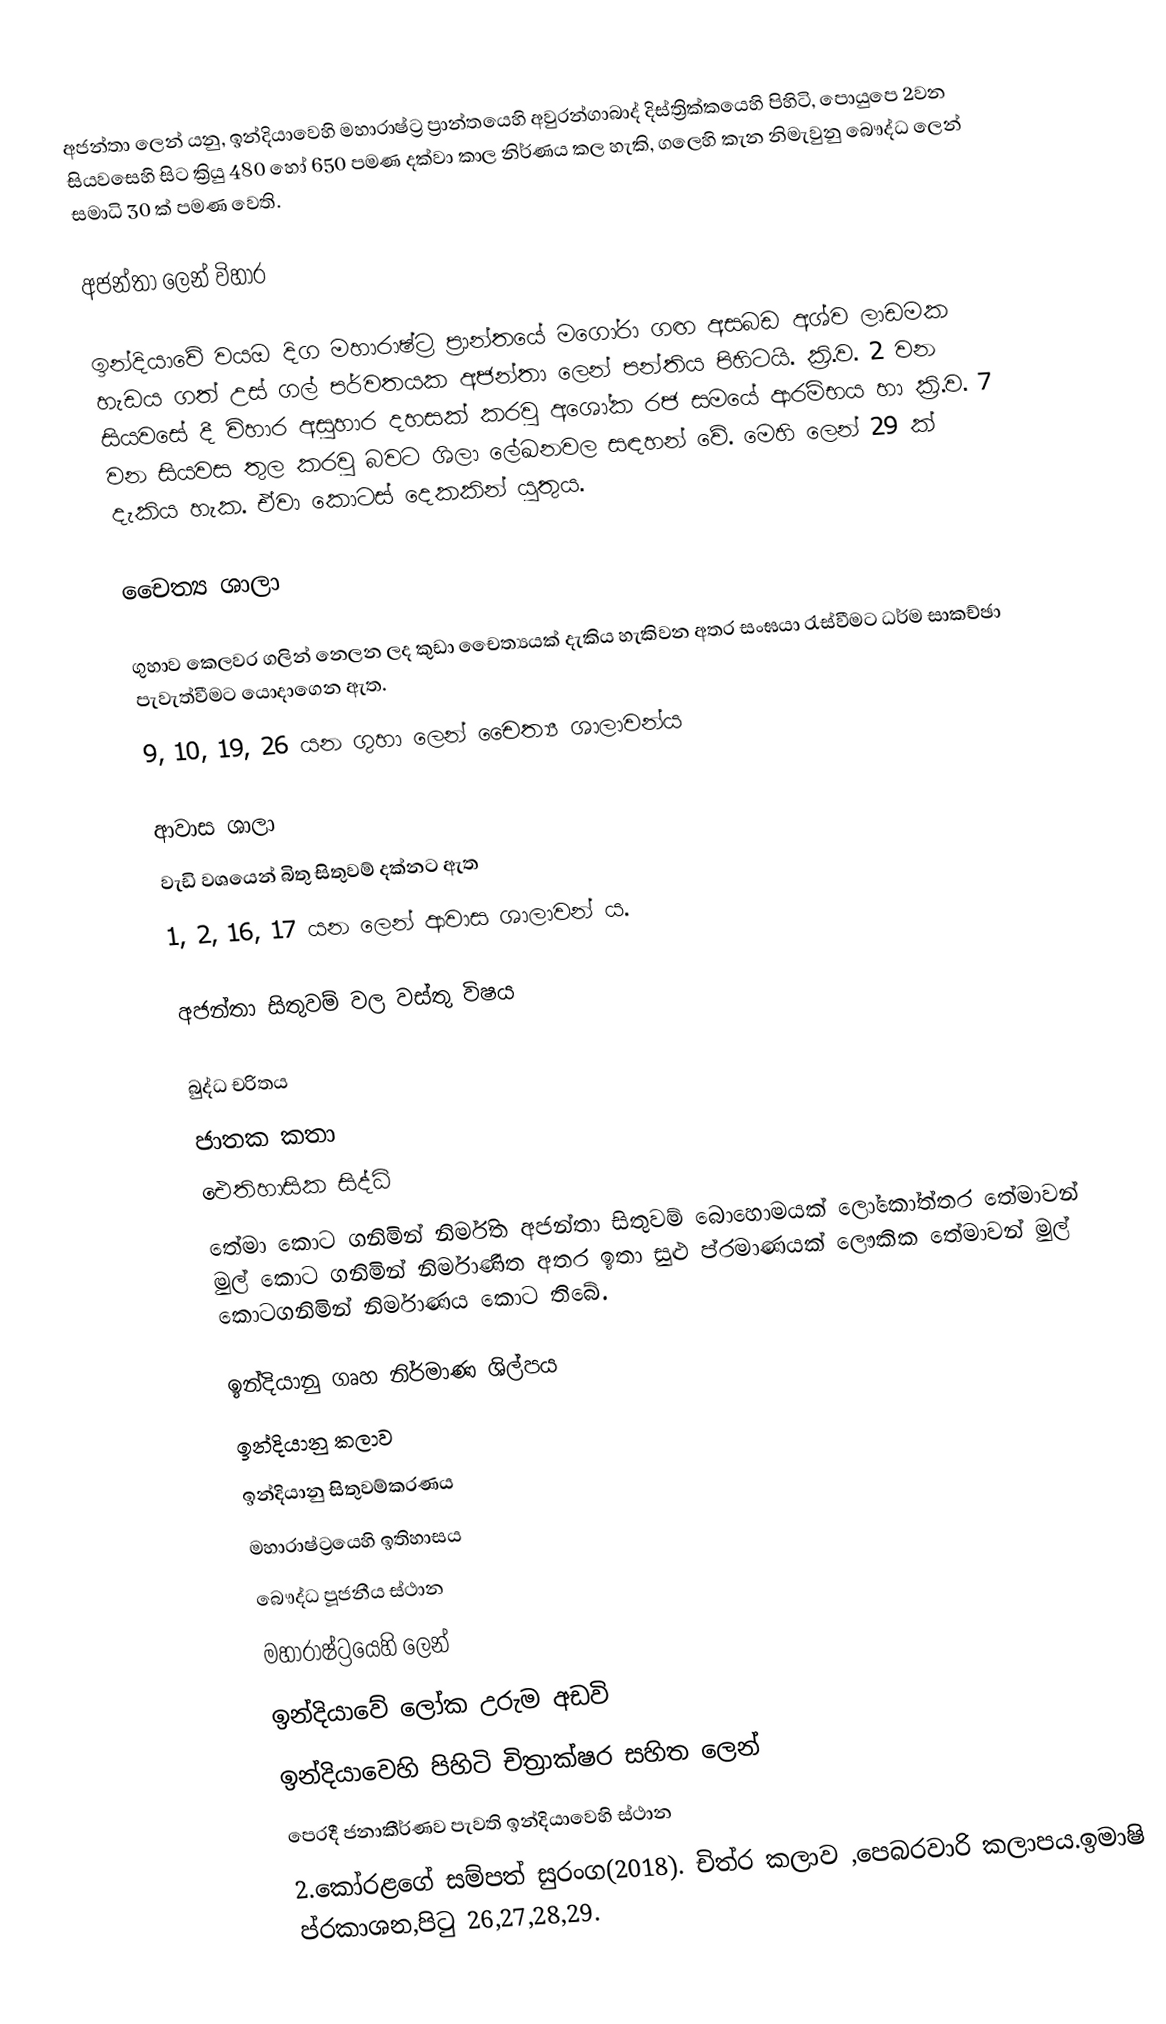
අජන්තා ලෙන් යනු,  ඉන්දියාවෙහි මහාරාෂ්ට්‍ර ප්‍රාන්තයෙහි  අවුරන්ගාබාද් දිස්ත්‍රික්කයෙහි පිහිටි,  පොයුපෙ 2වන සියවසෙහි සිට ක්‍රියු 480 හෝ 650 පමණ දක්වා කාල නිර්ණය කල හැකි,  ගලෙහි කැන නිමැවුනු බෞද්ධ ලෙන් සමාධි 30 ක් පමණ වෙති.

අජන්තා ලෙන් විහාර

ඉන්දියාවේ වයඔ දිග මහාරාෂ්ට්‍ර ප්‍රාන්තයේ මගෝරා ගඟ අසබඩ අශ්ව ලාඩමක හැඩය ගත් උස් ගල් පර්වතයක අජන්තා ලෙන් පන්තිය පිහිටයි. ක්‍රි.ව. 2 වන සියවසේ දී විහාර අසුහාර දහසක් කරවු අශෝක රජ සමයේ ආරම්භය හා  ක්‍රි.ව. 7 වන සියවස තුල කරවු බවට ශිලා ලේඛනවල සඳහන් වේ. මෙහි ලෙන් 29 ක් දැකිය හැක. ඒවා කොටස් දෙකකින් යුතුය.

චෛත්‍ය ශාලා

ගුහාව කෙලවර ගලින් නෙලන ලද කුඩා චෛත්‍යයක් දැකිය හැකිවන අතර සංඝයා රැස්වීමට ධර්ම සාකච්ඡා පැවැත්වීමට යොදාගෙන ඇත.
9, 10, 19, 26 යන ගුහා ලෙන් චෛත්‍ය ශාලාවන්ය

ආවාස ශාලා
වැඩි වශයෙන් බිතු සිතුවම් දක්නට ඇත
1, 2, 16, 17 යන ලෙන් ආවාස ශාලාවන් ය.

අජන්තා සිතුවම් වල වස්තු විෂය

බුද්ධ  චරිතය
ජාතක කතා
ඓතිහාසික සිද්ධි
තේමා කොට ගනිමින් නිර්මිත අජන්තා සිතුවම් බොහොමයක් ලෝකෝත්තර තේමාවන් මුල් කොට ගනිමින් නිර්මාණිත අතර ඉතා සුළු ප්රමාණයක්  ලෞකික තේමාවන් මුල් කොටගනිමින් නිර්මාණය කොට තිබේ.

ඉන්දියානු ගෘහ නිර්මාණ ශිල්පය
ඉන්දියානු කලාව
ඉන්දියානු සිතුවම්කරණය
මහාරාෂ්ට්‍රයෙහි ඉතිහාසය
බෞද්ධ පූජනීය ස්ථාන
මහාරාෂ්ට්‍රයෙහි ලෙන්
ඉන්දියාවේ ලෝක උරුම අඩවි
ඉන්දියාවෙහි පිහිටි චිත්‍රාක්ෂර සහිත ලෙන්
පෙරදී ජනාකීර්ණව පැවති ඉන්දියාවෙහි ස්ථාන
2.කෝරළගේ සම්පත් සුරංග(2018). චිත්ර කලාව ,පෙබරවාරි කලාපය.ඉමාෂි ප්රකාශන,පිටු 26,27,28,29.